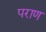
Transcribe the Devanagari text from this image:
पराण